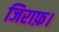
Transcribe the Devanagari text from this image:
जिराफ़।